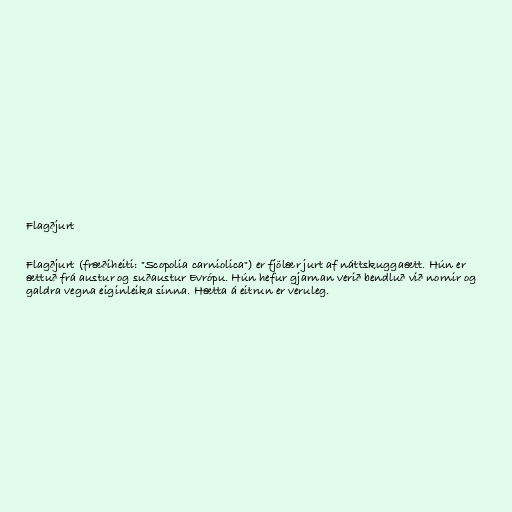
Flagðjurt

Flagðjurt (fræðiheiti: "Scopolia carniolica") er fjölær jurt af náttskuggaætt. Hún er
ættuð frá austur og suðaustur Evrópu. Hún hefur gjarnan verið bendluð við nornir og
galdra vegna eiginleika sinna. Hætta á eitrun er veruleg.